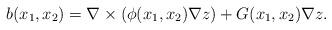
LaTeX: \begin{align*}b(x_1,x_2)=\nabla \times (\phi(x_1,x_2)\nabla z)+G(x_1,x_2)\nabla z.\end{align*}